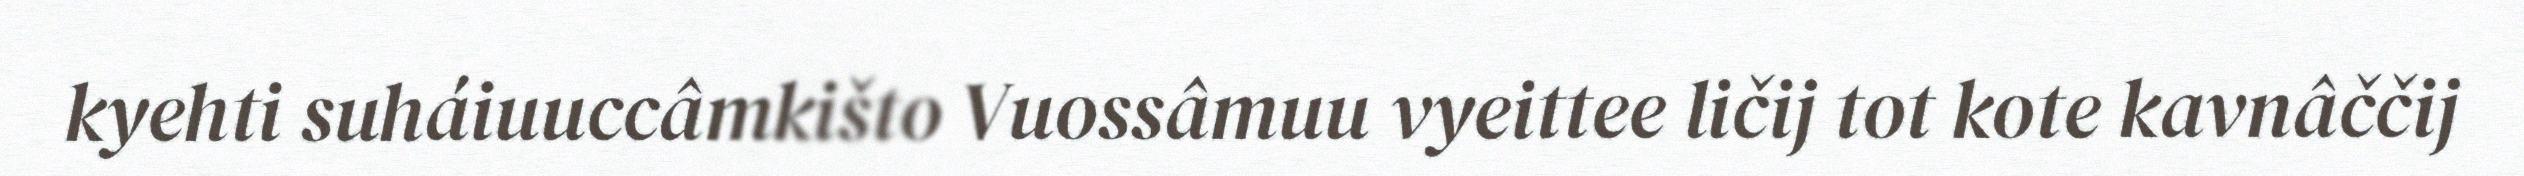
kyehti suháiuuccâmkišto Vuossâmuu vyeittee ličij tot kote kavnâččij